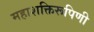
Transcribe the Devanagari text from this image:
महाशक्तिरूपिणी